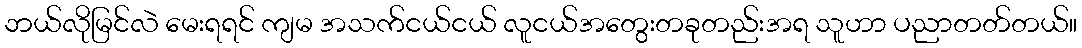
ဘယ်လိုမြင်လဲ မေးရရင် ကျမ အသက်ငယ်ငယ် လူငယ်အတွေးတခုတည်းအရ သူဟာ ပညာတတ်တယ်။